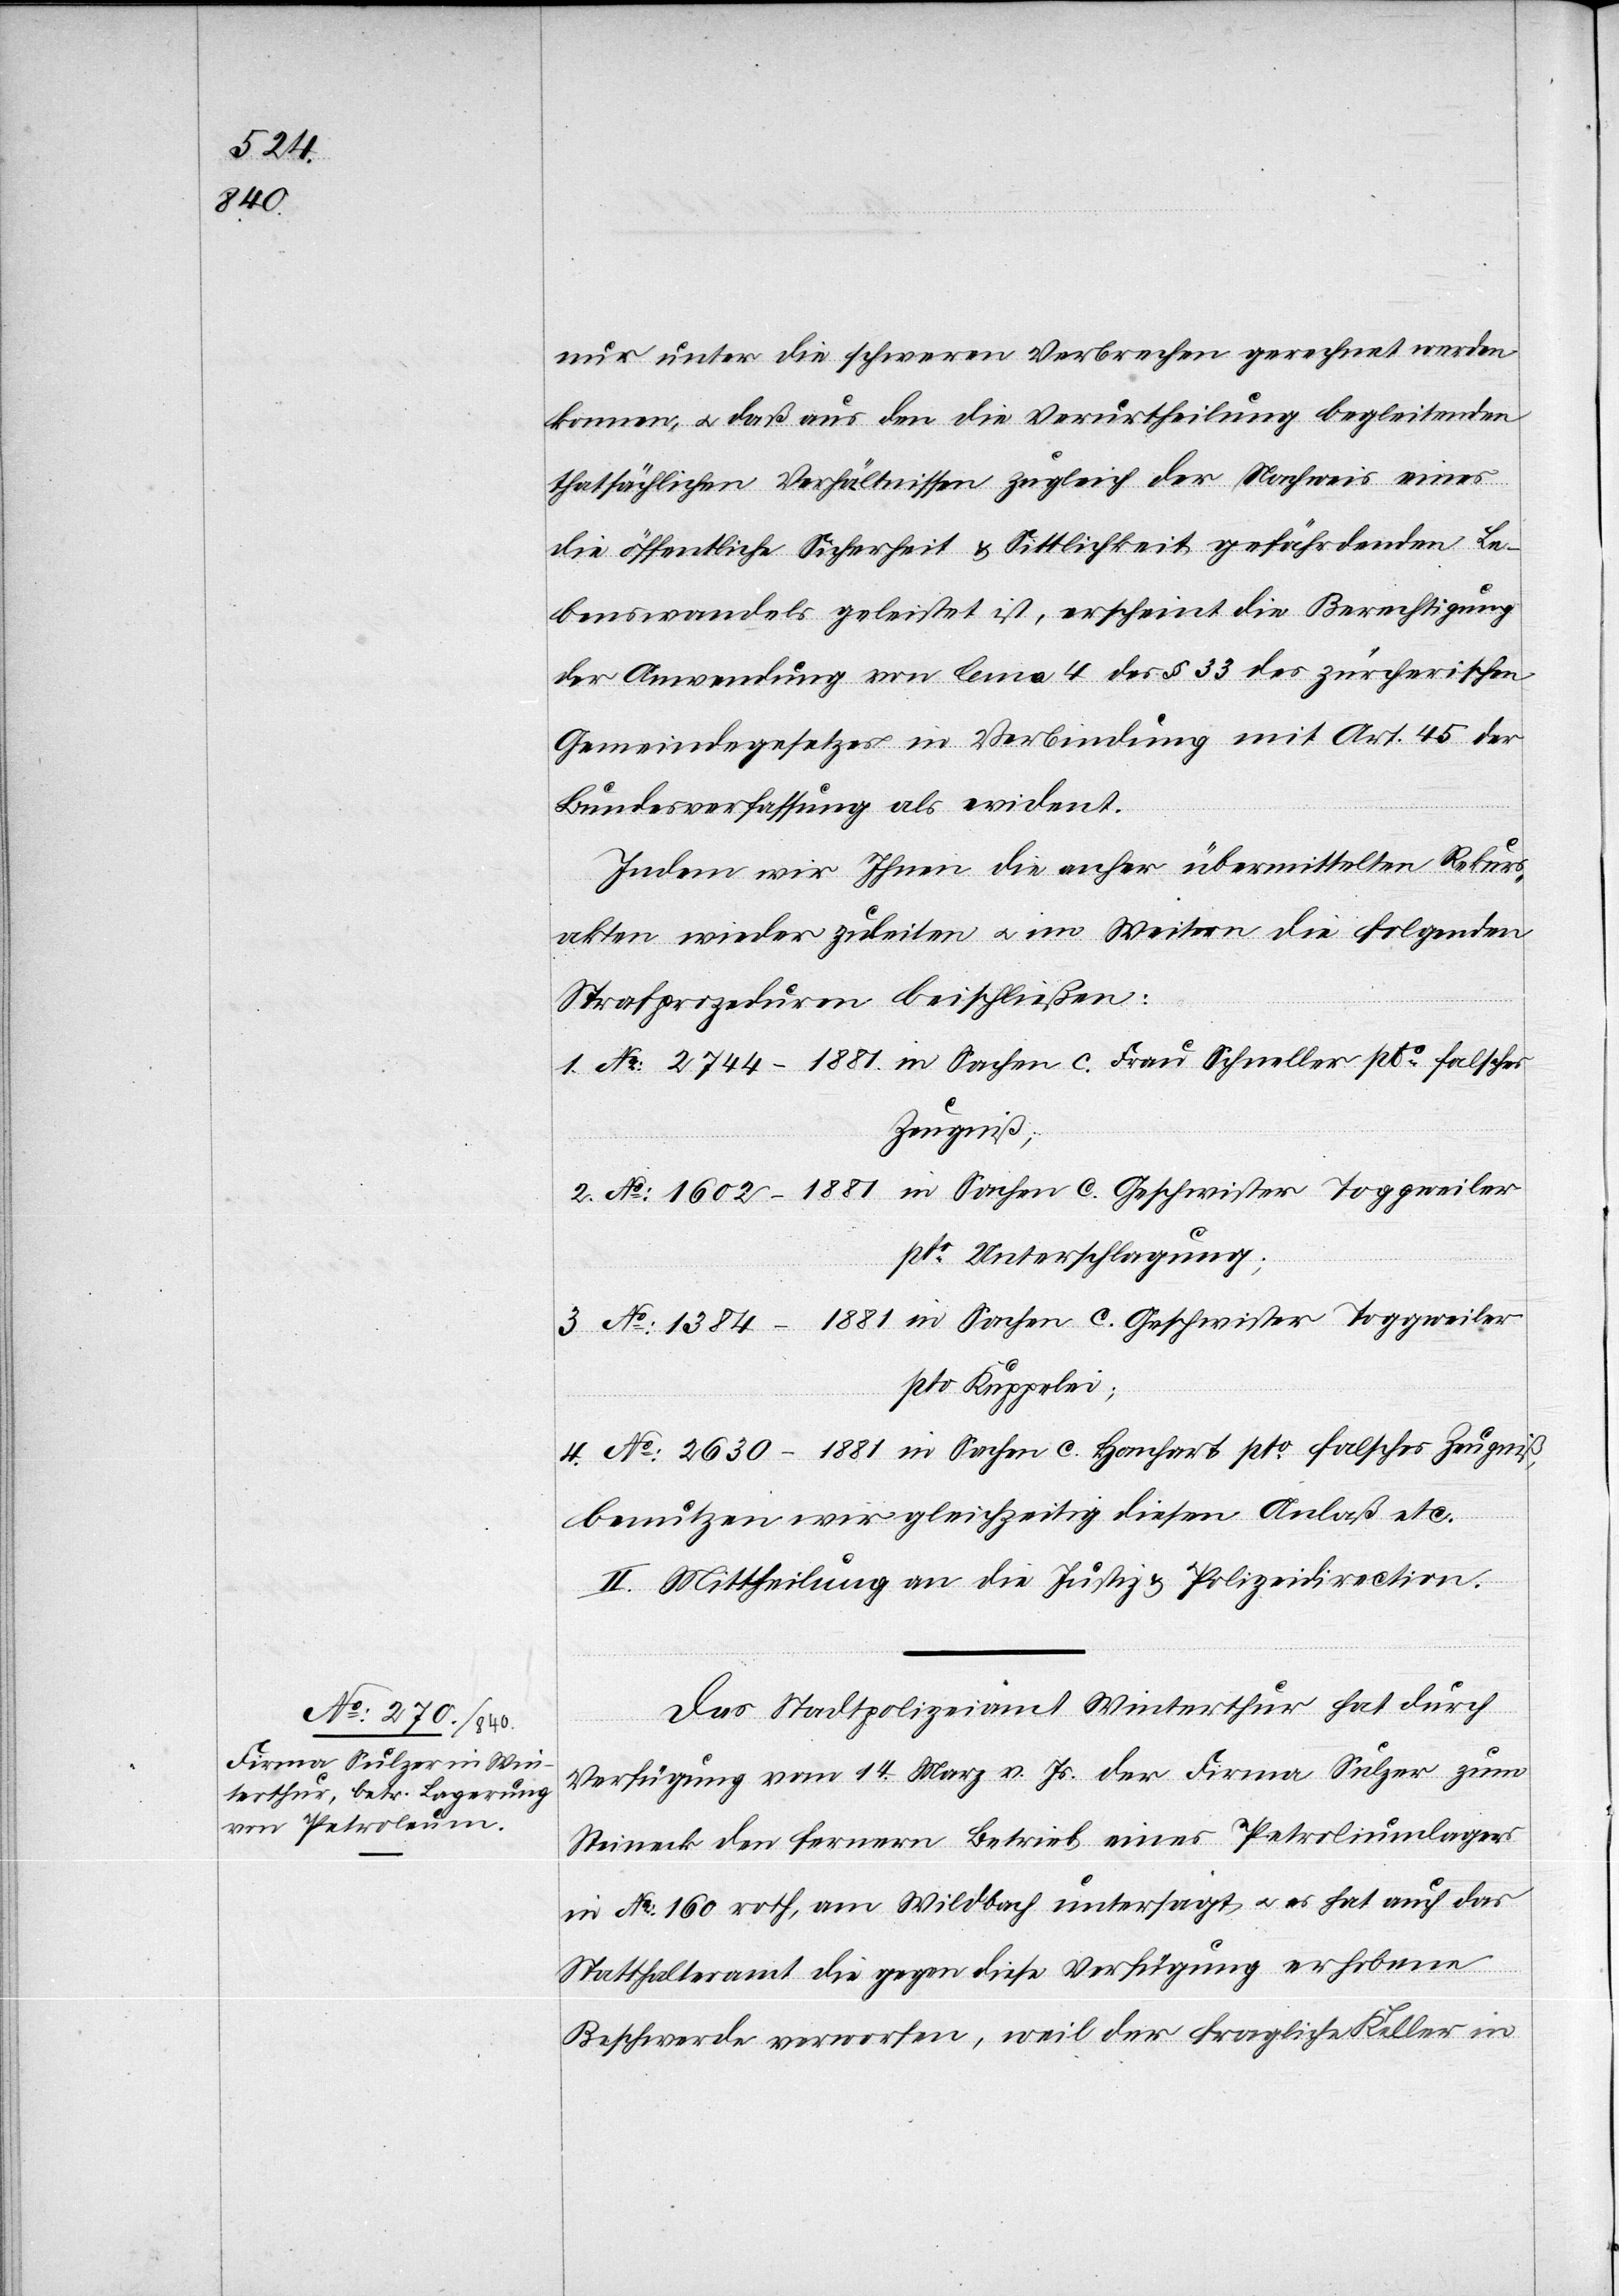
nur unter die schweren Verbrechen gerechnet werden
können, u. daß aus den die Verurtheilung begleitenden
thatsächlichen Verhältnissen zugleich der Nachweis eines
die öffentliche Sicherheit & Sittlichkeit gefährdenden Le¬
benswandels geleistet ist, erscheint die Berechtigung
der Anwendung von lema [sic!] 4 des § 33 des zürcherischen
Gemeindegesetzes in Verbindung mit Art. 45 der
Bundesverfassung als evident.
Indem wir Ihnen die anher übermittelten Rekurs¬
akten wieder zuleiten u. im Weitern die folgenden
Strafprozeduren beischließen:
1. No 2744 - 1881 in Sachen c. Frau Schneller pto falsches
Zeugniß;
2. No 1602 - 1881 in Sachen c. Geschwister Toggweiler
pto Unterschlagung;
3. No 1384 - 1881 in Sachen c. Geschwister Toggweiler
pto Kuppelei;
4. No 2630 - 1881 in Sachen c. Hanhart pto falsches Zeugniß,
benutzen wir gleichzeitig diesen Anlaß etc.
II. Mittheilung an die Justiz[-] & Polizeidirection.
Das Stadtpolizeiamt Winterthur hat durch
Verfügung vom 14. März v. Js. der Firma Sulzer zum
Steineck den fernern Betrieb eines Petroliumlagers
in No 160 roth, am Wildbach untersagt, u. es hat auch das
Statthalteramt die gegen diese Verfügung erhobene
Beschwerde verworfen, weil der fragliche Keller in